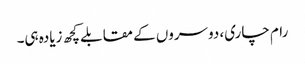
رام چاری، دوسروں کے مقابلے کچھ زیادہ ہی۔